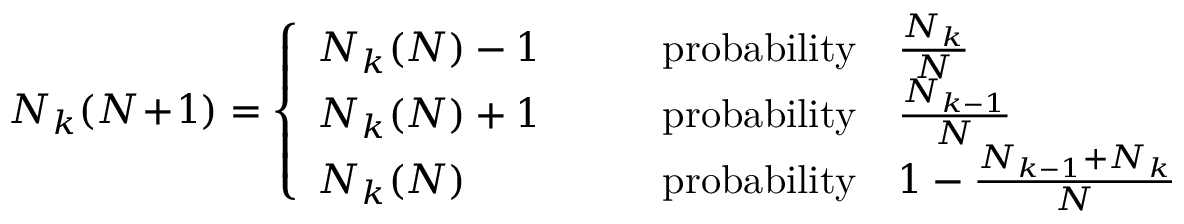
N _ { k } ( N \! + \! 1 ) = \left\{ \begin{array} { l l } { N _ { k } ( N ) - 1 } & { \qquad \mathrm { p r o b a b i l i t y } \quad \frac { N _ { k } } { N } } \\ { N _ { k } ( N ) + 1 } & { \qquad \mathrm { p r o b a b i l i t y } \quad \frac { N _ { k - 1 } } { N } } \\ { N _ { k } ( N ) } & { \qquad \mathrm { p r o b a b i l i t y } \quad 1 - \frac { N _ { k - 1 } + N _ { k } } { N } } \end{array} \right.